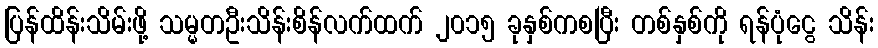
ပြန်ထိန်းသိမ်းဖို့ သမ္မတဦးသိန်းစိန်လက်ထက် ၂၀၁၅ ခုနှစ်ကစပြီး တစ်နှစ်ကို ရန်ပုံငွေ သိန်း